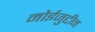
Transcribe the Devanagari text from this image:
मोईजुद्दीन